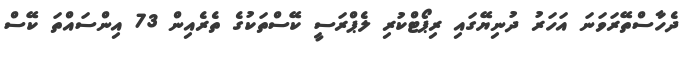
ދެހާސްތޭރަވަނަ އަހަރު ދުނިޔޭގައި ރިޕޯޓްކުރި ލެޕްރަސީ ކޭސްތަކުގެ ތެރެއިން 73 އިންސައްތަ ކޭސް